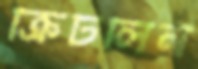
ক্রিটলিন